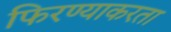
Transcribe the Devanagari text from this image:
फिरण्याकरता